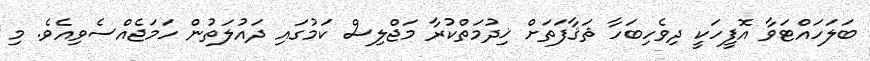
ބަލަހައްޓަވާ އޮފީހަކީ ދިވެހިބަހާ ޘަޤާފަތަށް ޚިދުމަތްކުރާ މަޖްލިސް ކަމުގައި ދައުލަތުން ހަމަޖެއްސެވިއެވެ. މި